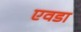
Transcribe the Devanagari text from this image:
एवडा